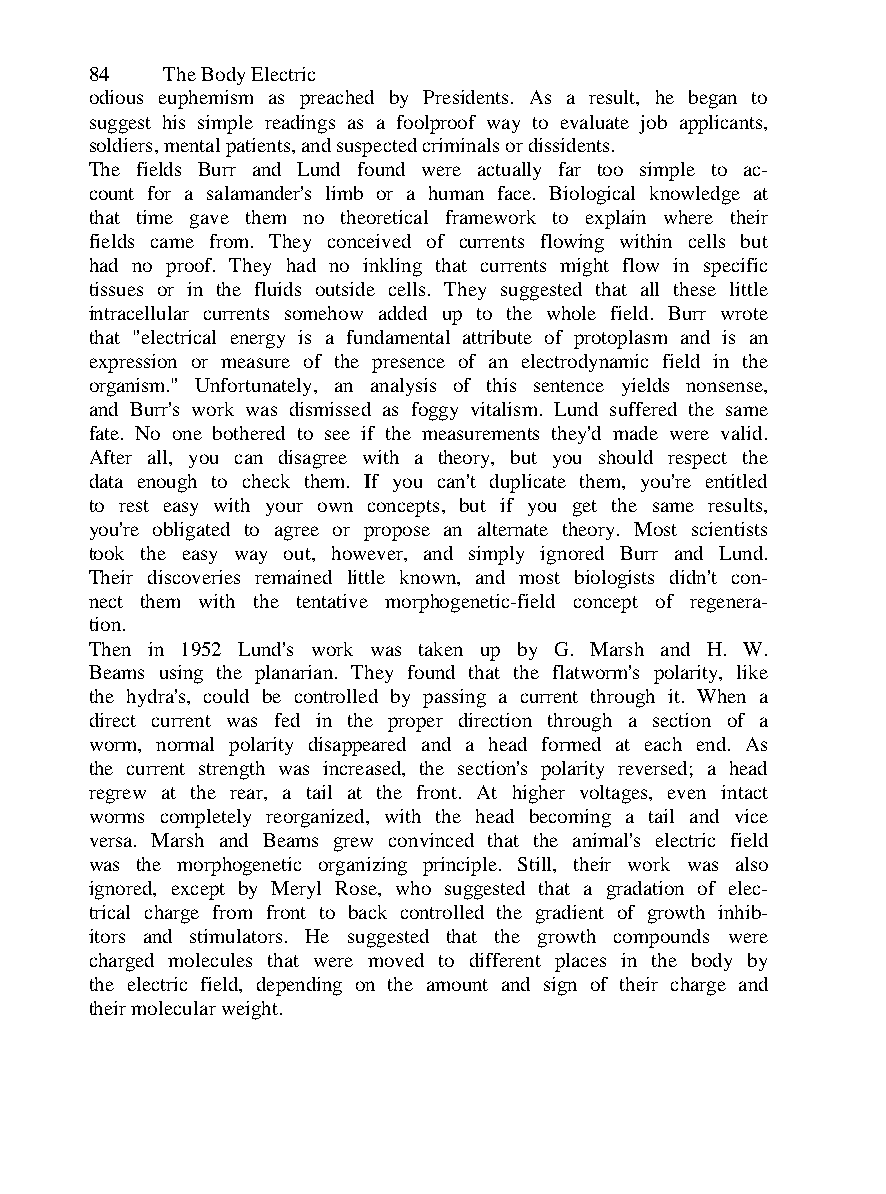
84   The Body Electric
 odious euphemism as preached by Presidents. As a result, he began to
 suggest his simple readings as a foolproof way to evaluate job applicants,
 soldiers, mental patients, and suspected criminals or dissidents.
 The fields Burr and Lund found were actually far too simple to ac-
 count for a salamander's limb or a human face. Biological knowledge at
 that time gave them no theoretical framework to explain where their
 fields came from. They conceived of currents flowing within cells but
 had no proof. They had no inkling that currents might flow in specific
 tissues or in the fluids outside cells. They suggested that all these little
 intracellular currents somehow added up to the whole field. Burr wrote
 that "electrical energy is a fundamental attribute of protoplasm and is an
 expression or measure of the presence of an electrodynamic field in the
 organism." Unfortunately, an analysis of this sentence yields nonsense,
 and Burr's work was dismissed as foggy vitalism. Lund suffered the same
 fate. No one bothered to see if the measurements they'd made were valid.
 After all, you can disagree with a theory, but you should respect the
 data enough to check them. If you can't duplicate them, you're entitled
 to rest easy with your own concepts, but if you get the same results,
 you're obligated to agree or propose an alternate theory. Most scientists
 took the easy way out, however, and simply ignored Burr and Lund.
 Their discoveries remained little known, and most biologists didn't con-
 nect them with the tentative morphogenetic-field concept of regenera-
 tion.
 Then in 1952 Lund's work was taken up by G. Marsh and H. W.
 Beams using the planarian. They found that the flatworm's polarity, like
 the hydra's, could be controlled by passing a current through it. When a
 direct current was fed in the proper direction through a section of a
 worm, normal polarity disappeared and a head formed at each end. As
 the current strength was increased, the section's polarity reversed; a head
 regrew at the rear, a tail at the front. At higher voltages, even intact
 worms completely reorganized, with the head becoming a tail and vice
 versa. Marsh and Beams grew convinced that the animal's electric field
 was the morphogenetic organizing principle. Still, their work was also
 ignored, except by Meryl Rose, who suggested that a gradation of elec-
 trical charge from front to back controlled the gradient of growth inhib-
 itors and stimulators. He suggested that the growth compounds were
 charged molecules that were moved to different places in the body by
 the electric field, depending on the amount and sign of their charge and
 their molecular weight.